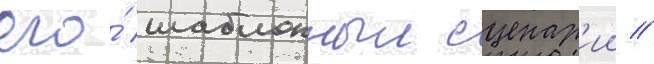
его́ шаблонныи сценар'ии //